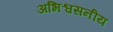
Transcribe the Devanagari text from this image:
अभिश्वसनीय